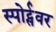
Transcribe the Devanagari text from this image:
स्पोर्ट्सवर